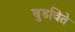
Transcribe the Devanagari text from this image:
बुडविते